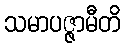
သမာပဇ္ဇာမီတိ